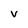
Character: v